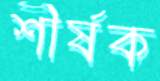
শীর্ষক